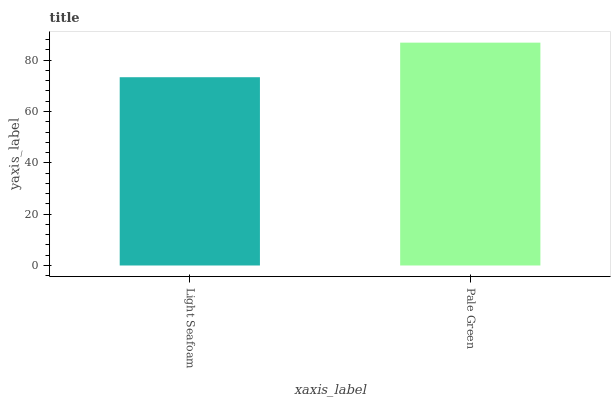
| xaxis_label | bars |
 | --- | --- |
 | Light Seafoam | 73.4 |
 | Pale Green | 86.8 |